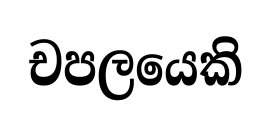
චපලයෙකි